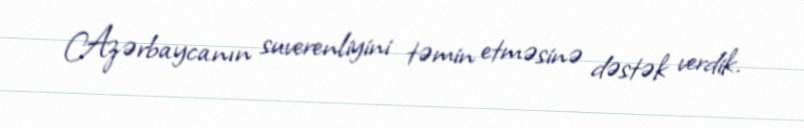
Azərbaycanın suverenliyini təmin etməsinə dəstək verdik.